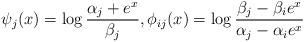
LaTeX: \begin{align*}\psi_j(x)=\log\frac{\alpha_j+e^x}{\beta_j}, \phi_{ij}(x)=\log\frac{\beta_j-\beta_i e^x}{\alpha_j-\alpha_i e^x}\end{align*}